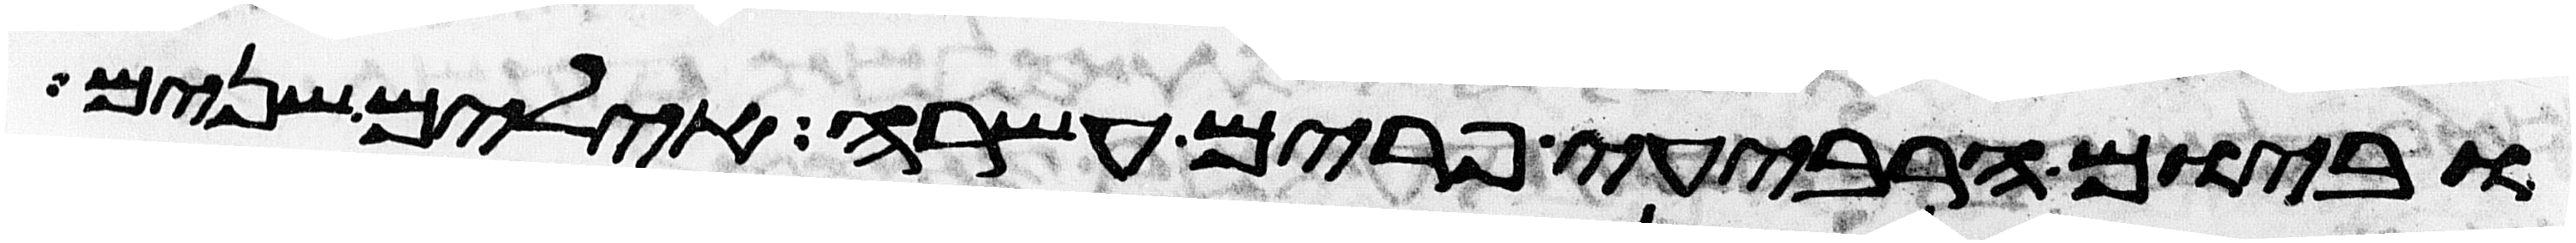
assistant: וביום הרביעי פרים עשרה אילים שנים